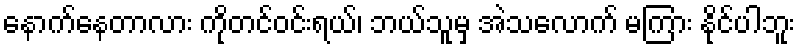
နောက်နေတာလား ကိုတင်ဝင်းရယ်၊ ဘယ်သူမှ အဲသလောက် မကြား နိုင်ပါဘူး